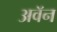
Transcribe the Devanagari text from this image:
अवॅन